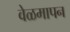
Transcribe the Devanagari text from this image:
वेळमापन